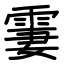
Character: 霋